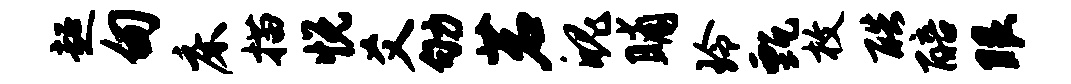
超甸床描悦爻劬茗魄晡玲甄枚酷醅眼